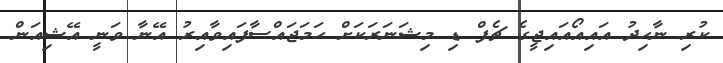
ކުރި ނާހިދު އައިއޯއައިޖީގެ ޗެފް ޑި މިޝަނަރަކަށް ހަމަޖައްސާފައިވާއިރު އޭނާ ވަނީ އޭޝިއަން